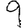
Digit: 9